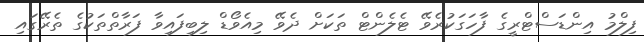
ފިލްމު އިންޑަސްޓްރީގެ ފާހަގަކުރެވޭ ޓެލެންޓް ތަކަށް ދެވޭ މިއެވޯޑް ލިބިފައިވާ ފަރާތްތަކުގެ ތެރޭގައި